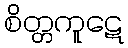
စိတ္တကူဋေ